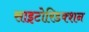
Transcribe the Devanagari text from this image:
साइटोरिडक्शन